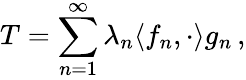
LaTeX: T=\sum_{n=1}^{\infty}\lambda_{n}\langle f_{n},\cdot\rangle g_{n}\, ,